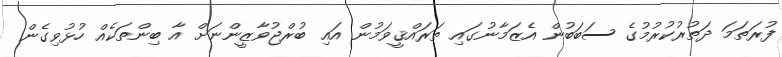
ފުރަތަމަ ދަތުރުކުރުމުގެ ސަބަބުން އެޒަމާނުގައި ތަރައްޤީވަމުން އައި ބުރްޖުވާޒީންނަށް އާ ބިންތަކެއް ހުޅުވިގެން